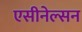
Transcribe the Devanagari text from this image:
एसीनेल्सन